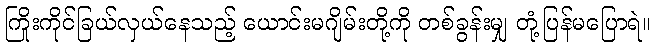
ကြိုးကိုင်ခြယ်လှယ်နေသည့် ယောင်းမဂျိမ်းတို့ကို တစ်ခွန်းမျှ တုံ့ပြန်မပြောရဲ။